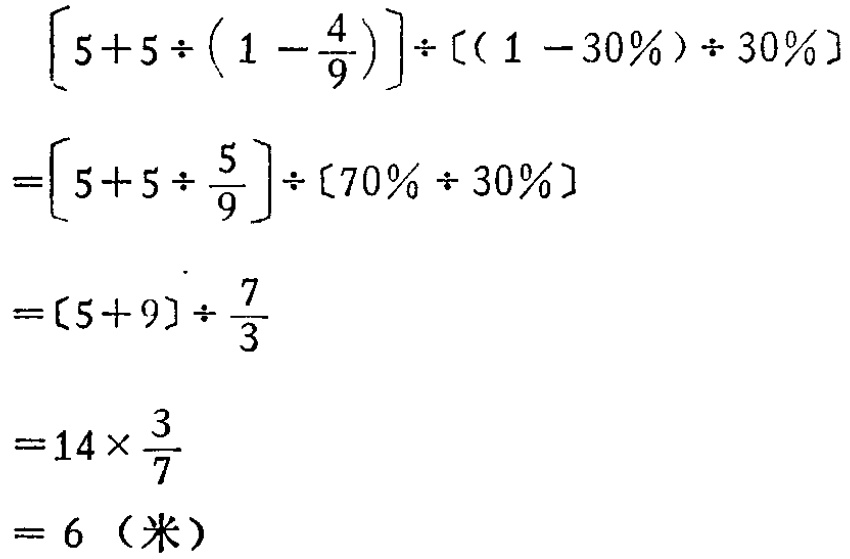
\[

\begin{align*}

&\left[5 + 5\div\left(1-\frac{4}{9}\right)\right]\div[(1 - 30\%)\div30\%]\\

=&\left[5 + 5\div\frac{5}{9}\right]\div[70\%\div30\%]\\

=&[5 + 9]\div\frac{7}{3}\\

=&14\times\frac{3}{7}\\

=&6（米）

\end{align*}

\]